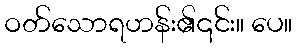
ဝတ်သောရဟန်း၏၎င်း။ ပေ။